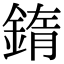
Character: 䤻